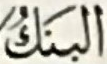
البنك